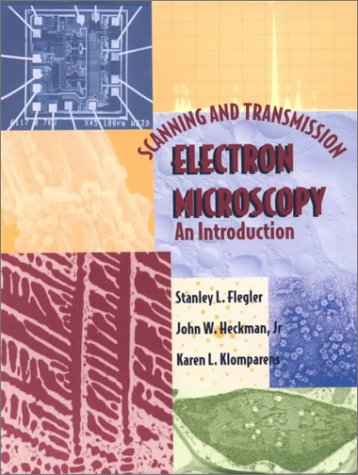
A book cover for Scanning and Transmission Electron Microscopy: An Introduction; Stanley L. Flegler; Science & Math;